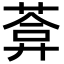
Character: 葊